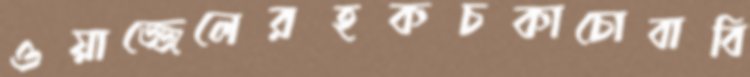
ওয়াজ্জেলেরহকচকাচোবাবি